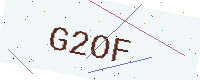
Text: G2OF